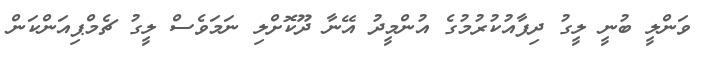
ވަންލީ ބުނީ ލީގު ދިފާއުކުރުމުގެ އުންމީދު އޭނާ ދޫކޮށްލި ނަމަވެސް ލީގު ޗެމްޕިއަންކަން